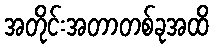
အတိုင်းအတာတစ်ခုအထိ